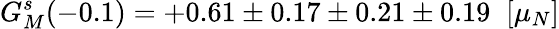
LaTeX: G_{M}^{s}(-0.1)=+0.61\pm 0.17\pm 0.21\pm 0.19\; \; [\mu_{N}]